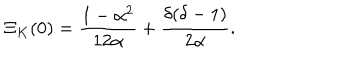
LaTeX: \Xi _ { K } ( 0 ) = { \frac { 1 - \alpha ^ { 2 } } { 1 2 \alpha } } + { \frac { \delta ( \delta - 1 ) } { 2 \alpha } } .